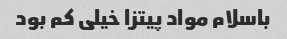
باسلام مواد پیتزا خیلی کم بود